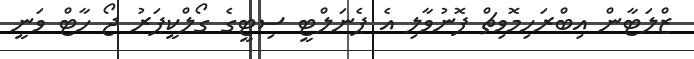
ޒްލަޓާން އިބްރަހިމޮވިޗް ފޮނުވާލި އެ ޕެނަލްޓީ ސިޓީގެ ގޯލްކީޕަރު ޖޯ ހާޓް ވަނީ